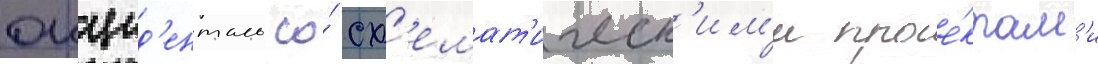
окцид'енталь со́ сх'емат'ическ'им'и прое́ктам'и